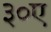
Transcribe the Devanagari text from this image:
३०ए